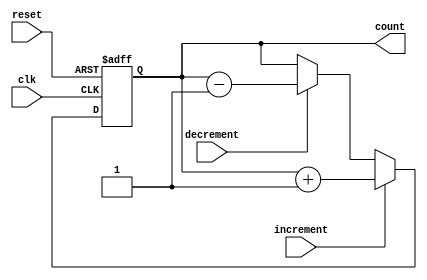
module Counter(
   input clk,
   input reset,
   input increment,
   input decrement,
   output reg [3:0] count
);

// Register to hold current count value
reg [3:0] current_count;

// Increment or decrement logic based on input signals
always @ (posedge clk or posedge reset) begin
   if (reset) begin
      current_count <= 4'b0000; // Reset to starting value
   end else begin
      if (increment) begin
         current_count <= current_count + 1; // Increment count
      end else if (decrement) begin
         current_count <= current_count - 1; // Decrement count
      end
   end
end

// Output the current count value
assign count = current_count;

endmodule